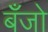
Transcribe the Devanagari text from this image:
बॅँजो